Indian journal of veterinary science and animal husbandry - Volumes 22-23, 1952-1953
Year: 1952
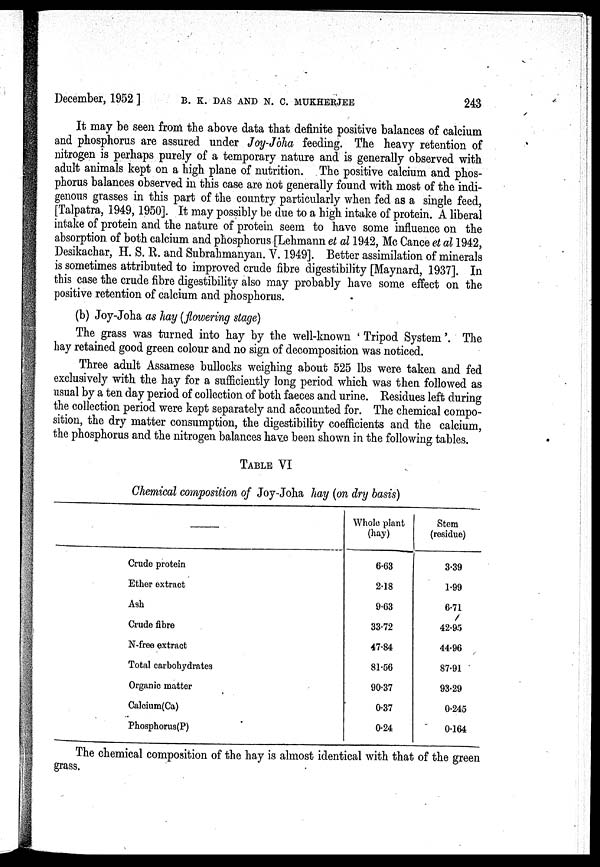
December, 1952 ] B. K. DAS AND N. C. MUKHERJE 243
It may be seen from the above data that definite positive balances of calcium
and phosphorus are assured under Joy-Joha feeding. The heavy retention of
nitrogen is perhaps purely of a temporary nature and is generally observed with
adult animals kept on a high plane of nutrition. The positive calcium and phos-
phorus balances observed in this case are not generally found with most of the indi-
genous grasses in this part of the country particularly when fed as a single feed,
[Talpatra, 1949, 1950]. It may possibly be due to a high intake of protein. A liberal
intake of protein and the nature of protein seem to have some influence on the
absorption of both calcium and phosphorus [Lehmann et al 1942, Mc Cance et al 1942,
Desikachar, H. S. R. and Subrahmanyan. V. 1949]. Better assimilation of minerals
is sometimes attributed to improved crude fibre digestibility [Maynard, 1937]. In
this case the crude fibre digestibility also may probably have some effect on the
positive retention of calcium and phosphorus.
(b) Joy-Joha as hay (flowering stage)
The grass was turned into hay by the well-known ' Tripod System'. The
hay retained good green colour and no sign of decomposition was noticed.
Three adult Assamese bullocks weighing about 525 lbs were taken and fed
exclusively with the hay for a sufficiently long period which was then followed as
usual by a ten day period of collection of both faeces and urine. Residues left during
the collection period were kept separately and accounted for. The chemical compo-
sition, the dry matter consumption, the digestibility coefficients and the calcium,
the phosphorus and the nitrogen balances have been shown in the following tables.
TABLE VI
Chemical composition of Joy-Joha hay (on dry basis)
—
Crude protein
Ether extract
Ash
Crude fibre
N-free extract
Total carbohydrates
Organic matter
Calcium(Ca)
Phosphorus(P)
Whole plant
(hay)
6.63
2.18
9.63
33.72
47.84
81.56
90.37
0.37
0.24
Stem
(residue)
3.39
1.99
6.71
42.95
44.96
87.91
93.29
0.245
0.164
The chemical composition of the hay is almost identical with that of the green
grass.